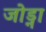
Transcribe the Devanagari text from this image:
जोड्ना